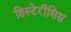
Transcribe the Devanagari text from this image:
हिस्टेरीसिस